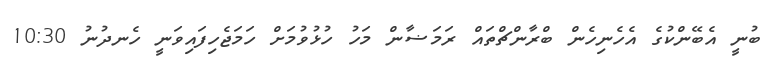
ބުނީ އެބޭންކުގެ އެހެނިހެން ބްރާންޗްތައް ރަމަޟާން މަހު ހުޅުވުމަށް ހަމަޖެހިފައިވަނީ ހެނދުނު 10:30